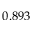
0 . 8 9 3